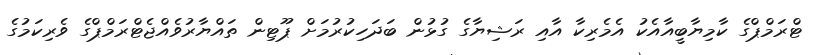
ޓްރަމްޕްގެ ކާމިޔާބީއާއެކު އެމެރިކާ އާއި ރަޝިޔާގެ ގުޅުން ބަދަހިކުރުމަށް ޕޫޓިން ތައްޔާރުވެއްޖެޓްރަމްޕްގެ ވެރިކަމުގެ